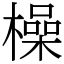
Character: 橾